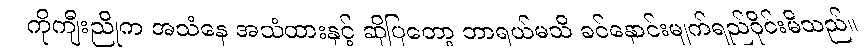
ကိုကျီးညိုက အသံနေ အသံထားနှင့် ဆိုပြတော့ ဘာရယ်မသိ ခင်နှောင်းမျက်ရည်ဝိုင်းမိသည်။